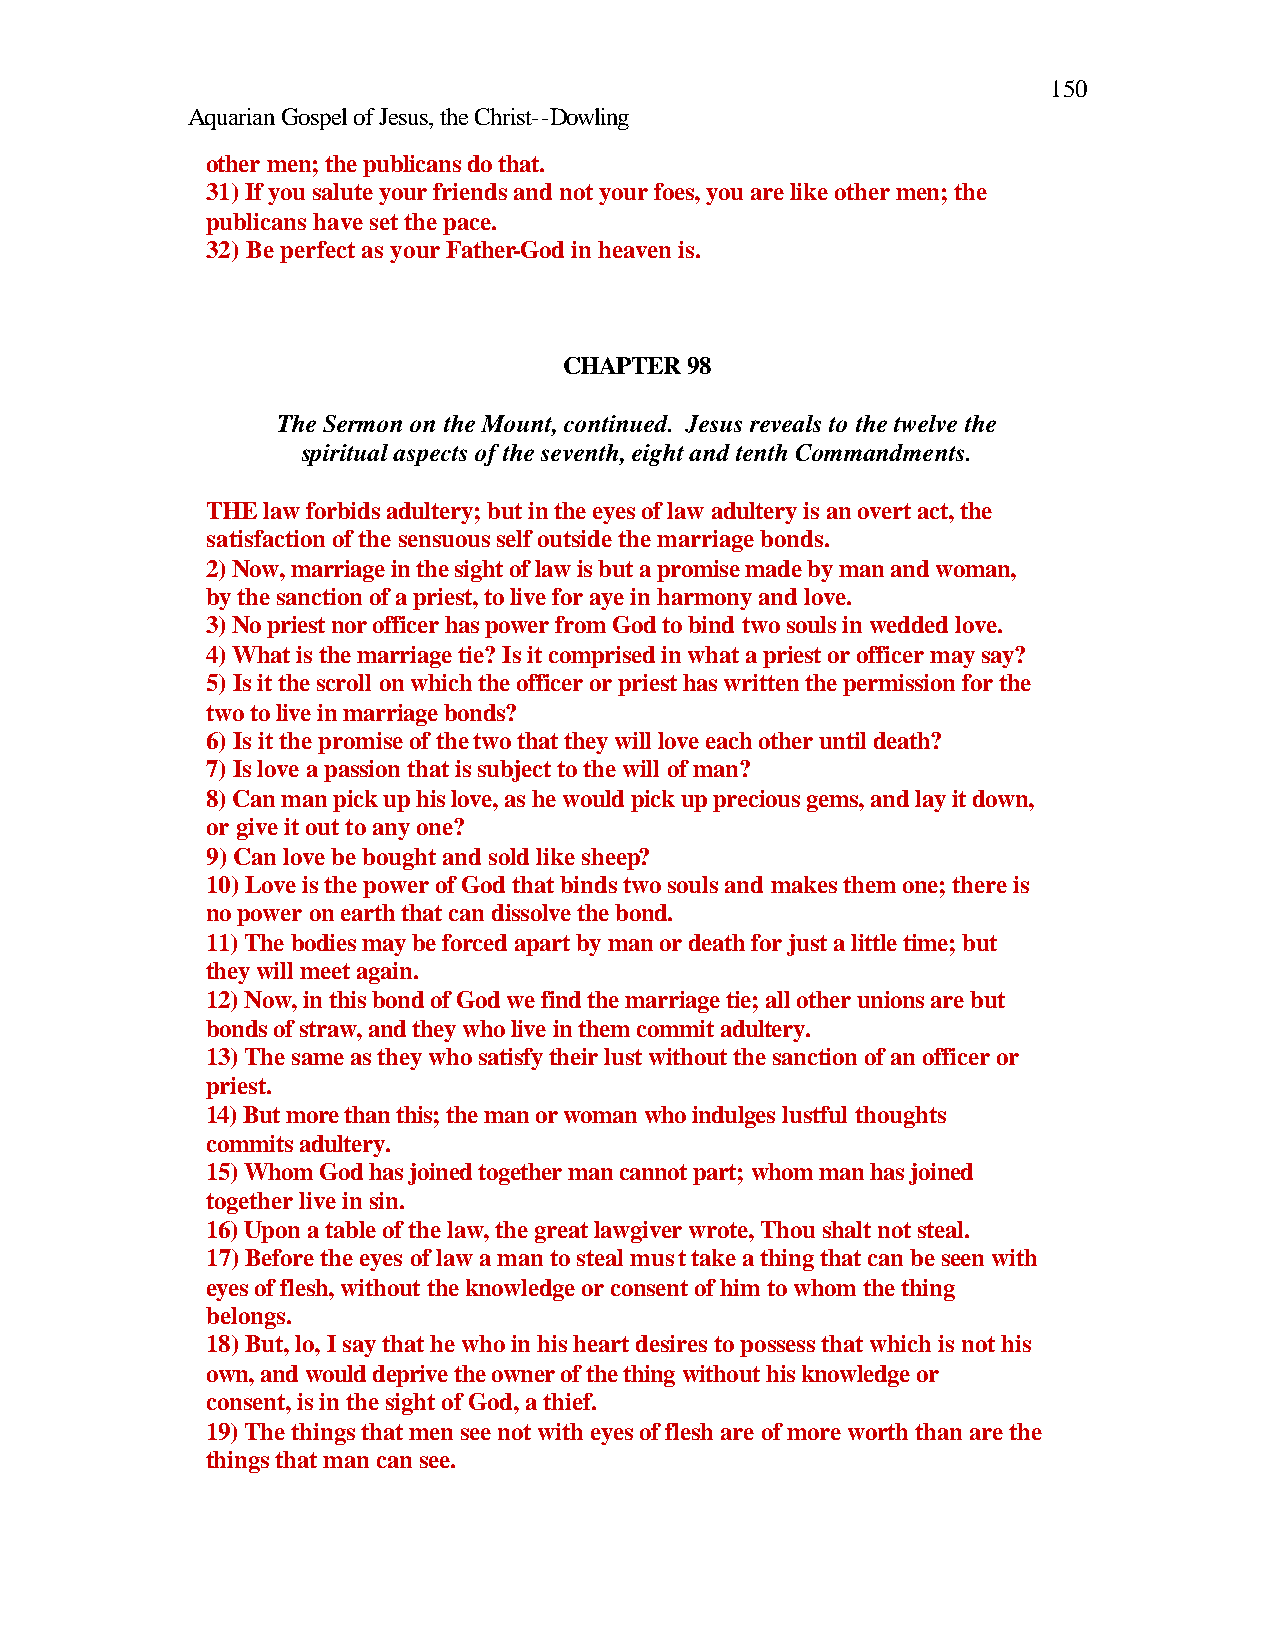
150
 Aquarian Gospel of Jesus, the Christ--Dowling
 other men; the publicans do that.
 31) If you salute your friends and not your foes, you are like other men; the
 publicans have set the pace.
 32) Be perfect as your Father-God in heaven is.
 CHAPTER 98
 The Sermon on the Mount, continued. Jesus reveals to the twelve the
 spiritual aspects of the seventh, eight and tenth Commandments.
 THE law forbids adultery; but in the eyes of law adultery is an overt act, the
 satisfaction of the sensuous self outside the marriage bonds.
 2) Now, marriage in the sight of law is but a promise made by man and woman,
 by the sanction of a priest, to live for aye in harmony and love.
 3) No priest nor officer has power from God to bind two souls in wedded love.
 4) What is the marriage tie? Is it comprised in what a priest or officer may say?
 5) Is it the scroll on which the officer or priest has written the permission for the
 two to live in marriage bonds?
 6) Is it the promise of the two that they will love each other until death?
 7) Is love a passion that is subject to the will of man?
 8) Can man pick up his love, as he would pick up precious gems, and lay it down,
 or give it out to any one?
 9) Can love be bought and sold like sheep?
 10) Love is the power of God that binds two souls and makes them one; there is
 no power on earth that can dissolve the bond.
 11) The bodies may be forced apart by man or death for just a little time; but
 they will meet again.
 12) Now, in this bond of God we find the marriage tie; all other unions are but
 bonds of straw, and they who live in them commit adultery.
 13) The same as they who satisfy their lust without the sanction of an officer or
 priest.
 14) But more than this; the man or woman who indulges lustful thoughts
 commits adultery.
 15) Whom God has joined together man cannot part; whom man has joined
 together live in sin.
 16) Upon a table of the law, the great lawgiver wrote, Thou shalt not steal.
 17) Before the eyes of law a man to steal must take a thing that can be seen with
 eyes of flesh, without the knowledge or consent of him to whom the thing
 belongs.
 18) But, lo, I say that he who in his heart desires to possess that which is not his
 own, and would deprive the owner of the thing without his knowledge or
 consent, is in the sight of God, a thief.
 19) The things that men see not with eyes of flesh are of more worth than are the
 things that man can see.